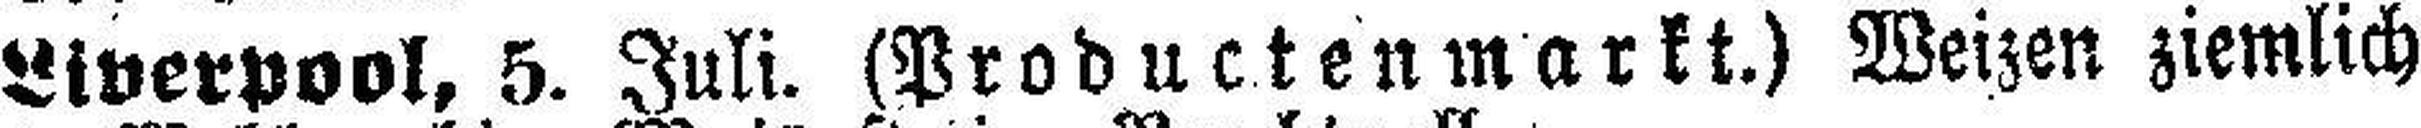
Liverpool, 5. Juli. (Productenmarkt.) Weizen ziemlich